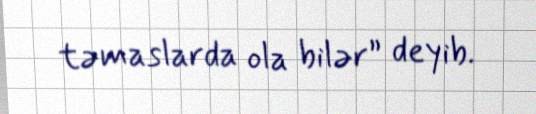
təmaslarda ola bilər” deyib.